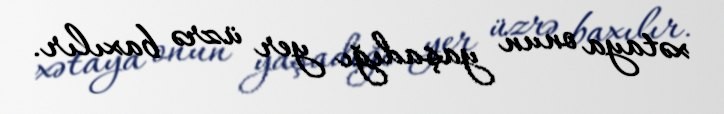
xətaya onun yaşadığı yer üzrə baxılır.